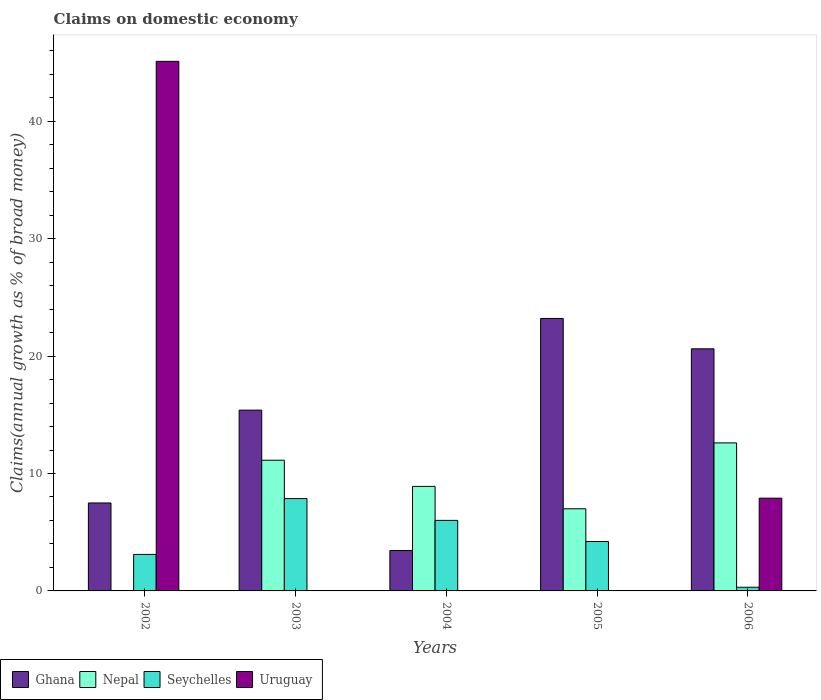
| Years | Ghana | Nepal | Seychelles | Uruguay |
 | --- | --- | --- | --- | --- |
 | 2002 | 7.49 | -10.4 | 3.11 | 45.1 |
 | 2003 | 15.4 | 11.1 | 7.86 | -27.8 |
 | 2004 | 3.44 | 8.9 | 6.01 | -28.1 |
 | 2005 | 23.2 | 6.99 | 4.21 | -3.11 |
 | 2006 | 20.6 | 12.6 | 0.314 | 7.9 |